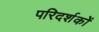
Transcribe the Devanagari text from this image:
परिदर्शकों